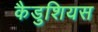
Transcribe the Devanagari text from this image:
कैडुशियस